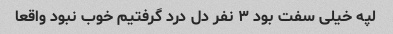
لپه خیلی سفت بود ۳ نفر دل درد گرفتیم خوب نبود واقعا